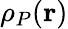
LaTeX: \rho_{P}({\mathbf r})